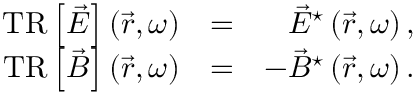
\begin{array} { r l r } { \mathrm { T R } \left\lbrack \vec { E } \right\rbrack \left( \vec { r } , \omega \right) } & { = } & { \vec { E } ^ { \star } \left( \vec { r } , \omega \right) , } \\ { \mathrm { T R } \left\lbrack \vec { B } \right\rbrack \left( \vec { r } , \omega \right) } & { = } & { - \vec { B } ^ { \star } \left( \vec { r } , \omega \right) . } \end{array}